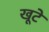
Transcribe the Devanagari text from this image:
खूटें